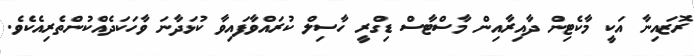
ރޮޒައިނާ އަކީ މާކެޓިން ދާއިރާއިން މާސްޓާސް ޑިގްރީ ހާސިލް ކުރައްވާފައިވާ ކުޅަދާނަ ވާހަަކަދެއްކުންތެރިއެކެވެ.